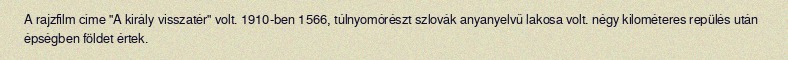
A rajzfilm címe "A király visszatér" volt. 1910-ben 1566, túlnyomórészt szlovák anyanyelvű lakosa volt. négy kilométeres repülés után épségben földet értek.